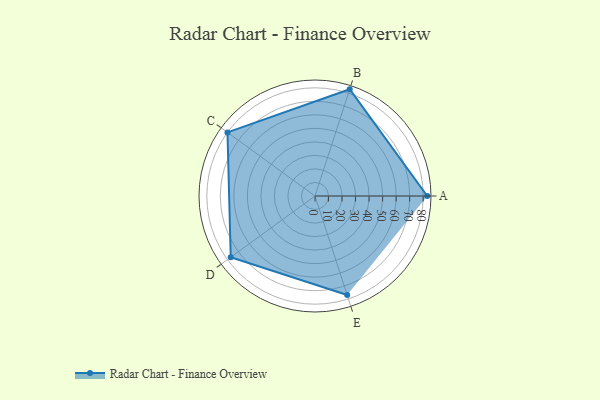
{"axis": {"x": "Skill", "y": "Score"}, "legend": ["Profile"], "data": [{"x": "A", "y": 83.0, "type": "Profile"}, {"x": "B", "y": 83.0, "type": "Profile"}, {"x": "C", "y": 80.0, "type": "Profile"}, {"x": "D", "y": 77.0, "type": "Profile"}, {"x": "E", "y": 77.0, "type": "Profile"}]}